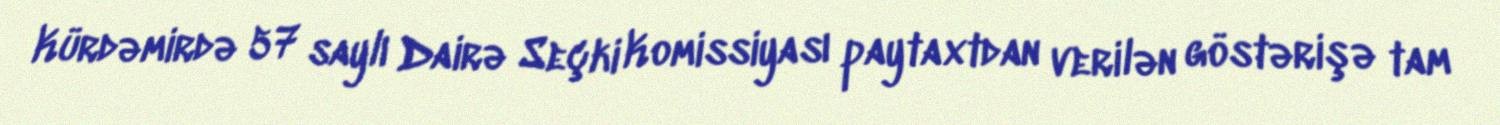
Kürdəmirdə 57 saylı Dairə Seçki Komissiyası paytaxtdan verilən göstərişə tam